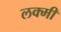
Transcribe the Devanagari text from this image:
लक्मी